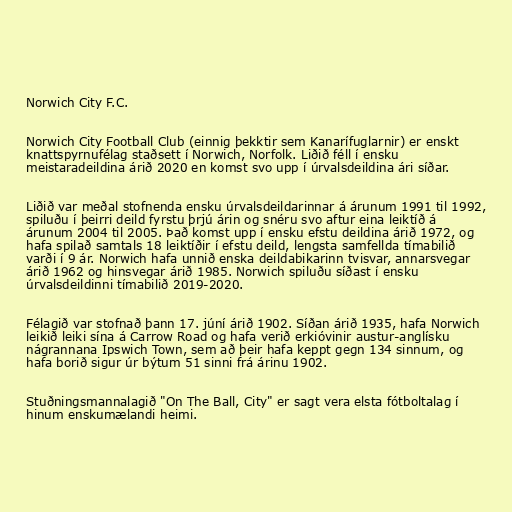
Norwich City F.C.

Norwich City Football Club (einnig þekktir sem Kanarífuglarnir) er enskt
knattspyrnufélag staðsett í Norwich, Norfolk. Liðið féll í ensku
meistaradeildina árið 2020 en komst svo upp í úrvalsdeildina ári síðar.

Liðið var meðal stofnenda ensku úrvalsdeildarinnar á árunum 1991 til 1992,
spiluðu í þeirri deild fyrstu þrjú árin og snéru svo aftur eina leiktíð á
árunum 2004 til 2005. Það komst upp í ensku efstu deildina árið 1972, og
hafa spilað samtals 18 leiktíðir í efstu deild, lengsta samfellda tímabilið
varði í 9 ár. Norwich hafa unnið enska deildabikarinn tvisvar, annarsvegar
árið 1962 og hinsvegar árið 1985. Norwich spiluðu síðast í ensku
úrvalsdeildinni tímabilið 2019-2020.

Félagið var stofnað þann 17. júní árið 1902. Síðan árið 1935, hafa Norwich
leikið leiki sína á Carrow Road og hafa verið erkióvinir austur-anglísku
nágrannana Ipswich Town, sem að þeir hafa keppt gegn 134 sinnum, og
hafa borið sigur úr býtum 51 sinni frá árinu 1902.

Stuðningsmannalagið "On The Ball, City" er sagt vera elsta fótboltalag í
hinum enskumælandi heimi.